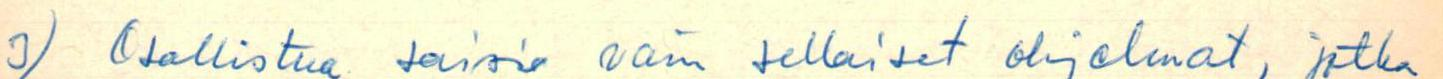
3) Osallistua taisi vain sellaiset ohjelmat, jotka